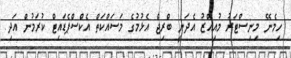
ހިމެނޭ މިނިސްޓަރު މުއިއްޒު އެދަނީ ބްރިޖް އެޅުމުގެ މަސައްކަތް އެކްސްޕެޑައިޓް ކުރަމުން އަދި